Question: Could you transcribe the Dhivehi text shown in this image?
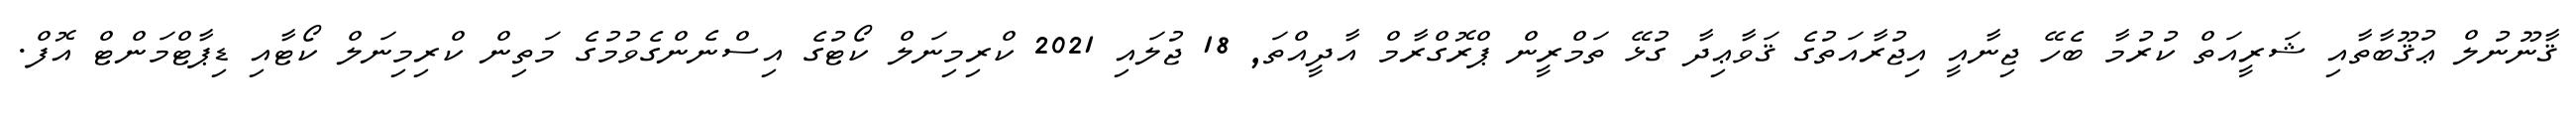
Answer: ޤާނޫނުލް ޢުޤޫބާތާއި ޝަރީއަތް ކުރުމާ ބެހޭ ޖިނާއީ އިޖުރާއަތުގެ ޤަވާޢިދާ ގުޅޭ ތަމްރީން ޕްރޮގްރާމް އާދީއްތަ, 18 ޖުލައި 2021 ކްރިމިނަލް ކޯޓުގެ އިސްނެންގެވުމުގެ މަތިން ކްރިމިނަލް ކޯޓާއި ޑިޕާޓްމަންޓް އޮފް.